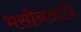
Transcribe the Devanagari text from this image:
भसीनआदि